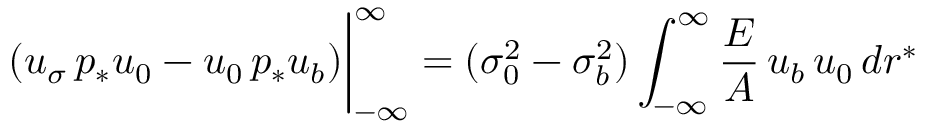
( u _ { \sigma } \, p _ { * } u _ { 0 } - u _ { 0 } \, p _ { * } u _ { b } ) \bigg | _ { - \infty } ^ { \infty } = ( \sigma _ { 0 } ^ { 2 } - \sigma _ { b } ^ { 2 } ) \int _ { - \infty } ^ { \infty } \frac { { \cal E } } { { \cal A } } \, u _ { b } \, u _ { 0 } \, d r ^ { * }